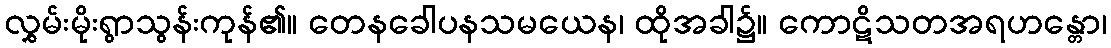
လွှမ်းမိုးရွာသွန်းကုန်၏။ တေနခေါပနသမယေန၊ ထိုအခါ၌။ ကောဋိသတအရဟန္တော၊